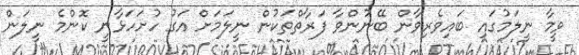
ވީމާ ނީލަމުގައި ބައިވެރިވާން ބޭނުންވާ ފަރާތްތަކުން ނީލަމަށް އަގު ހުށަހަޅާނީ ކޮންމެ ނީލަން